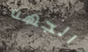
الجهه